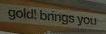
gold!